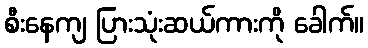
စီးနေကျ ပြားသုံးဆယ်ကားကို ခေါက်။